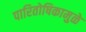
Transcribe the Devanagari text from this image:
पारितोषिकामुळे